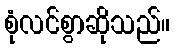
စုံလင်စွာဆိုသည်။